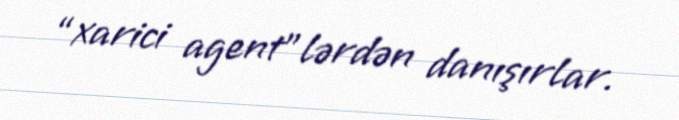
“xarici agent”lərdən danışırlar.